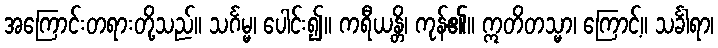
အကြောင်းတရားတို့သည်။ သင်္ဂမ္မ၊ ပေါင်း၍။ ကရီယန္တိ၊ ကုန်၏။ ဣတိတသ္မာ၊ ကြောင့်။ သင်္ခါရာ၊